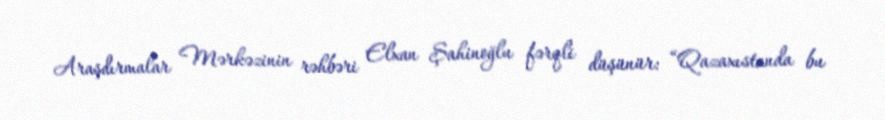
Araşdırmalar Mərkəzinin rəhbəri Elxan Şahinoğlu fərqli düşünür: “Qazaxıstanda bu